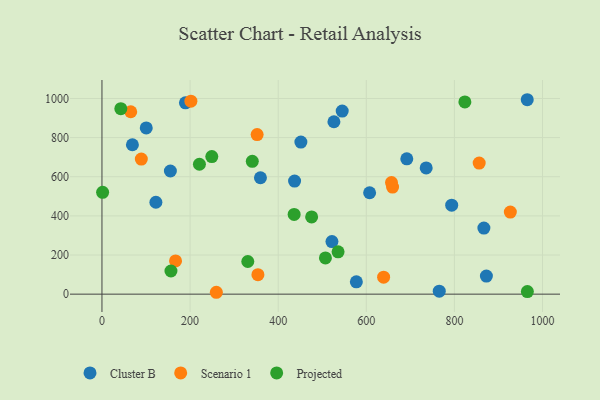
{"axis": {"x": "Study Hours", "y": "Profit"}, "legend": ["Cluster B", "Projected", "Scenario 1"], "data": [{"x": "866.9", "y": 337.5, "type": "Cluster B"}, {"x": "526.5", "y": 881.2, "type": "Cluster B"}, {"x": "437.2", "y": 577.8, "type": "Cluster B"}, {"x": "100.5", "y": 849.6, "type": "Cluster B"}, {"x": "793.8", "y": 454.7, "type": "Cluster B"}, {"x": "965.3", "y": 993.7, "type": "Cluster B"}, {"x": "607.5", "y": 518.3, "type": "Cluster B"}, {"x": "691.9", "y": 691.9, "type": "Cluster B"}, {"x": "189.5", "y": 977.7, "type": "Cluster B"}, {"x": "155.3", "y": 629.4, "type": "Cluster B"}, {"x": "872.6", "y": 92.4, "type": "Cluster B"}, {"x": "69.1", "y": 763.6, "type": "Cluster B"}, {"x": "735.9", "y": 645.3, "type": "Cluster B"}, {"x": "522.0", "y": 268.5, "type": "Cluster B"}, {"x": "577.4", "y": 63.0, "type": "Cluster B"}, {"x": "765.6", "y": 15.0, "type": "Cluster B"}, {"x": "359.7", "y": 594.8, "type": "Cluster B"}, {"x": "545.3", "y": 935.8, "type": "Cluster B"}, {"x": "451.5", "y": 777.5, "type": "Cluster B"}, {"x": "122.4", "y": 469.7, "type": "Cluster B"}, {"x": "352.2", "y": 815.6, "type": "Scenario 1"}, {"x": "639.3", "y": 87.0, "type": "Scenario 1"}, {"x": "259.6", "y": 9.6, "type": "Scenario 1"}, {"x": "65.3", "y": 932.2, "type": "Scenario 1"}, {"x": "354.0", "y": 99.6, "type": "Scenario 1"}, {"x": "926.9", "y": 419.7, "type": "Scenario 1"}, {"x": "659.6", "y": 547.5, "type": "Scenario 1"}, {"x": "657.2", "y": 570.1, "type": "Scenario 1"}, {"x": "167.0", "y": 169.8, "type": "Scenario 1"}, {"x": "201.8", "y": 986.2, "type": "Scenario 1"}, {"x": "856.2", "y": 669.8, "type": "Scenario 1"}, {"x": "89.3", "y": 690.3, "type": "Scenario 1"}, {"x": "823.7", "y": 982.6, "type": "Projected"}, {"x": "221.2", "y": 664.0, "type": "Projected"}, {"x": "42.8", "y": 948.0, "type": "Projected"}, {"x": "1.5", "y": 520.4, "type": "Projected"}, {"x": "249.3", "y": 703.0, "type": "Projected"}, {"x": "331.0", "y": 166.8, "type": "Projected"}, {"x": "341.2", "y": 678.8, "type": "Projected"}, {"x": "436.2", "y": 407.4, "type": "Projected"}, {"x": "965.6", "y": 13.0, "type": "Projected"}, {"x": "156.6", "y": 118.3, "type": "Projected"}, {"x": "535.9", "y": 216.5, "type": "Projected"}, {"x": "507.2", "y": 185.2, "type": "Projected"}, {"x": "475.9", "y": 394.8, "type": "Projected"}]}